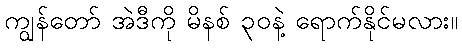
ကျွန်တော် အဲဒီကို မိနစ် ၃၀နဲ့ ရောက်နိုင်မလား။